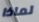
لماذا